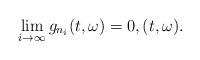
LaTeX: \begin{align*}\lim_{i\rightarrow \infty} g_{n_i}(t,\omega) = 0 , (t,\omega).\end{align*}